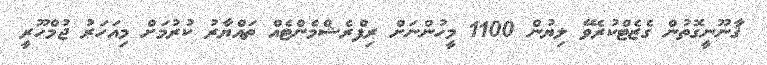
ޤާނޫނީގޮތުން ގެޒެޓްކުރެވޭ ލިޔުން 1100 މީހުންނަށް ރިފްރެޝްމެންޓެއް ތައްޔާރު ކުރުމަށް މިއަހަރު ޖުމްހޫރީ